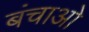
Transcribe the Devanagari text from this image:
बंचाओ